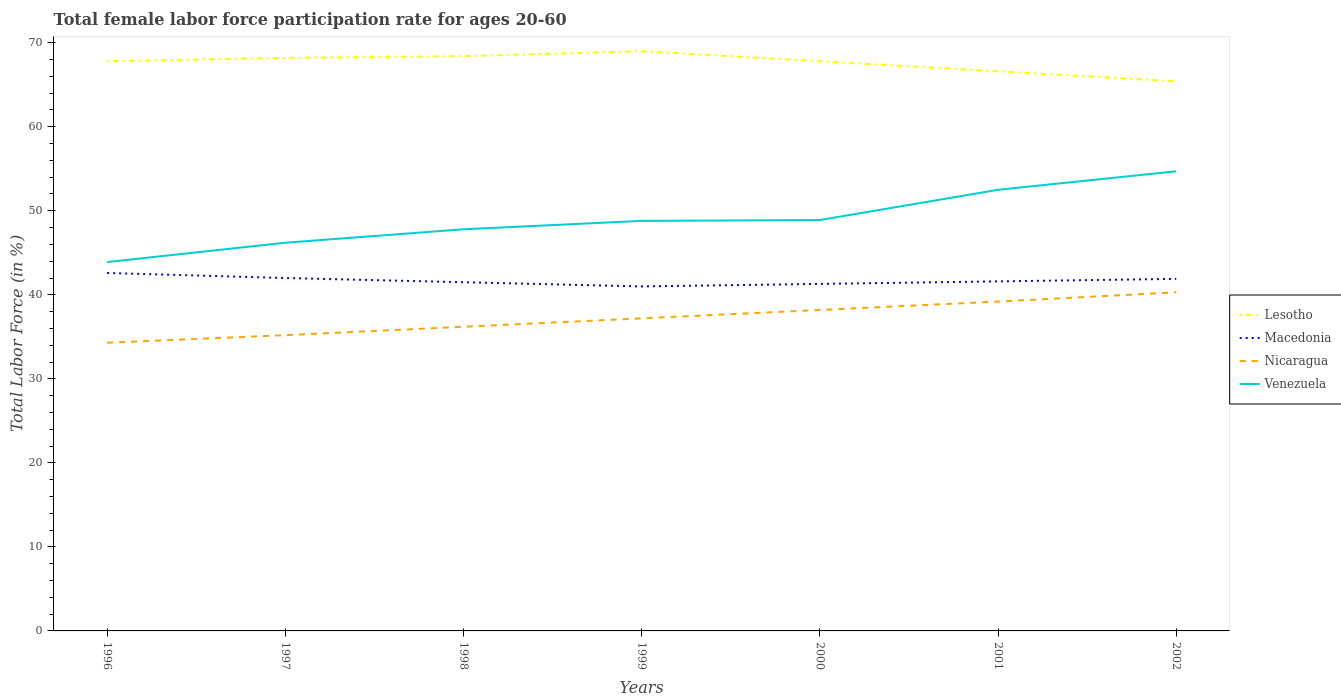
| Years | Lesotho | Macedonia | Nicaragua | Venezuela |
 | --- | --- | --- | --- | --- |
 | 1996 | 67.8 | 42.6 | 34.3 | 43.9 |
 | 1997 | 68.2 | 42 | 35.2 | 46.2 |
 | 1998 | 68.4 | 41.5 | 36.2 | 47.8 |
 | 1999 | 69 | 41 | 37.2 | 48.8 |
 | 2000 | 67.8 | 41.3 | 38.2 | 48.9 |
 | 2001 | 66.6 | 41.6 | 39.2 | 52.5 |
 | 2002 | 65.4 | 41.9 | 40.3 | 54.7 |